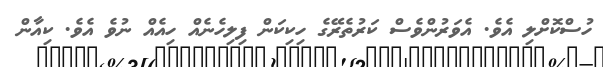
ހުސްކޮށްލި އެވެ. އެވަރުންވެސް ކަރުތެރޭގެ ހިކިކަން ފިލިހެނެއް ހިއެއް ނުވެ އެވެ. ކިއާން